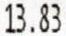
13.83